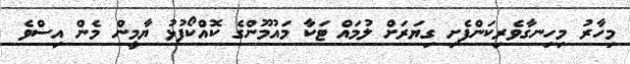
މިހާރު މިހިނގާވެރިކަންފެށި ގިޔަރަށް ލުމައް ޓަކާ މައުމޫންގެ ކޮއްކޯފުޅު ޔާމީން މެން އިސްވެ